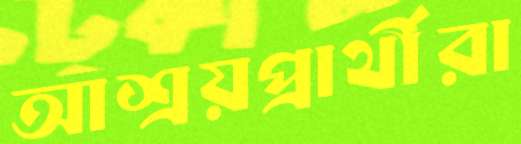
আশ্রয়প্রার্থীরা